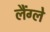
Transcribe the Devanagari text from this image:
लैंग्ले